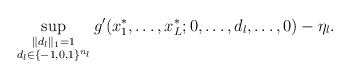
\begin{align*}\sup_{\substack{\|d_l\|_1=1\\ d_l\in\{-1,0,1\}^{n_l}}}g'(x_1^*,\ldots,x_L^*;0,\ldots,d_l,\ldots,0)-\eta_l.\end{align*}